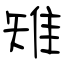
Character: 雉